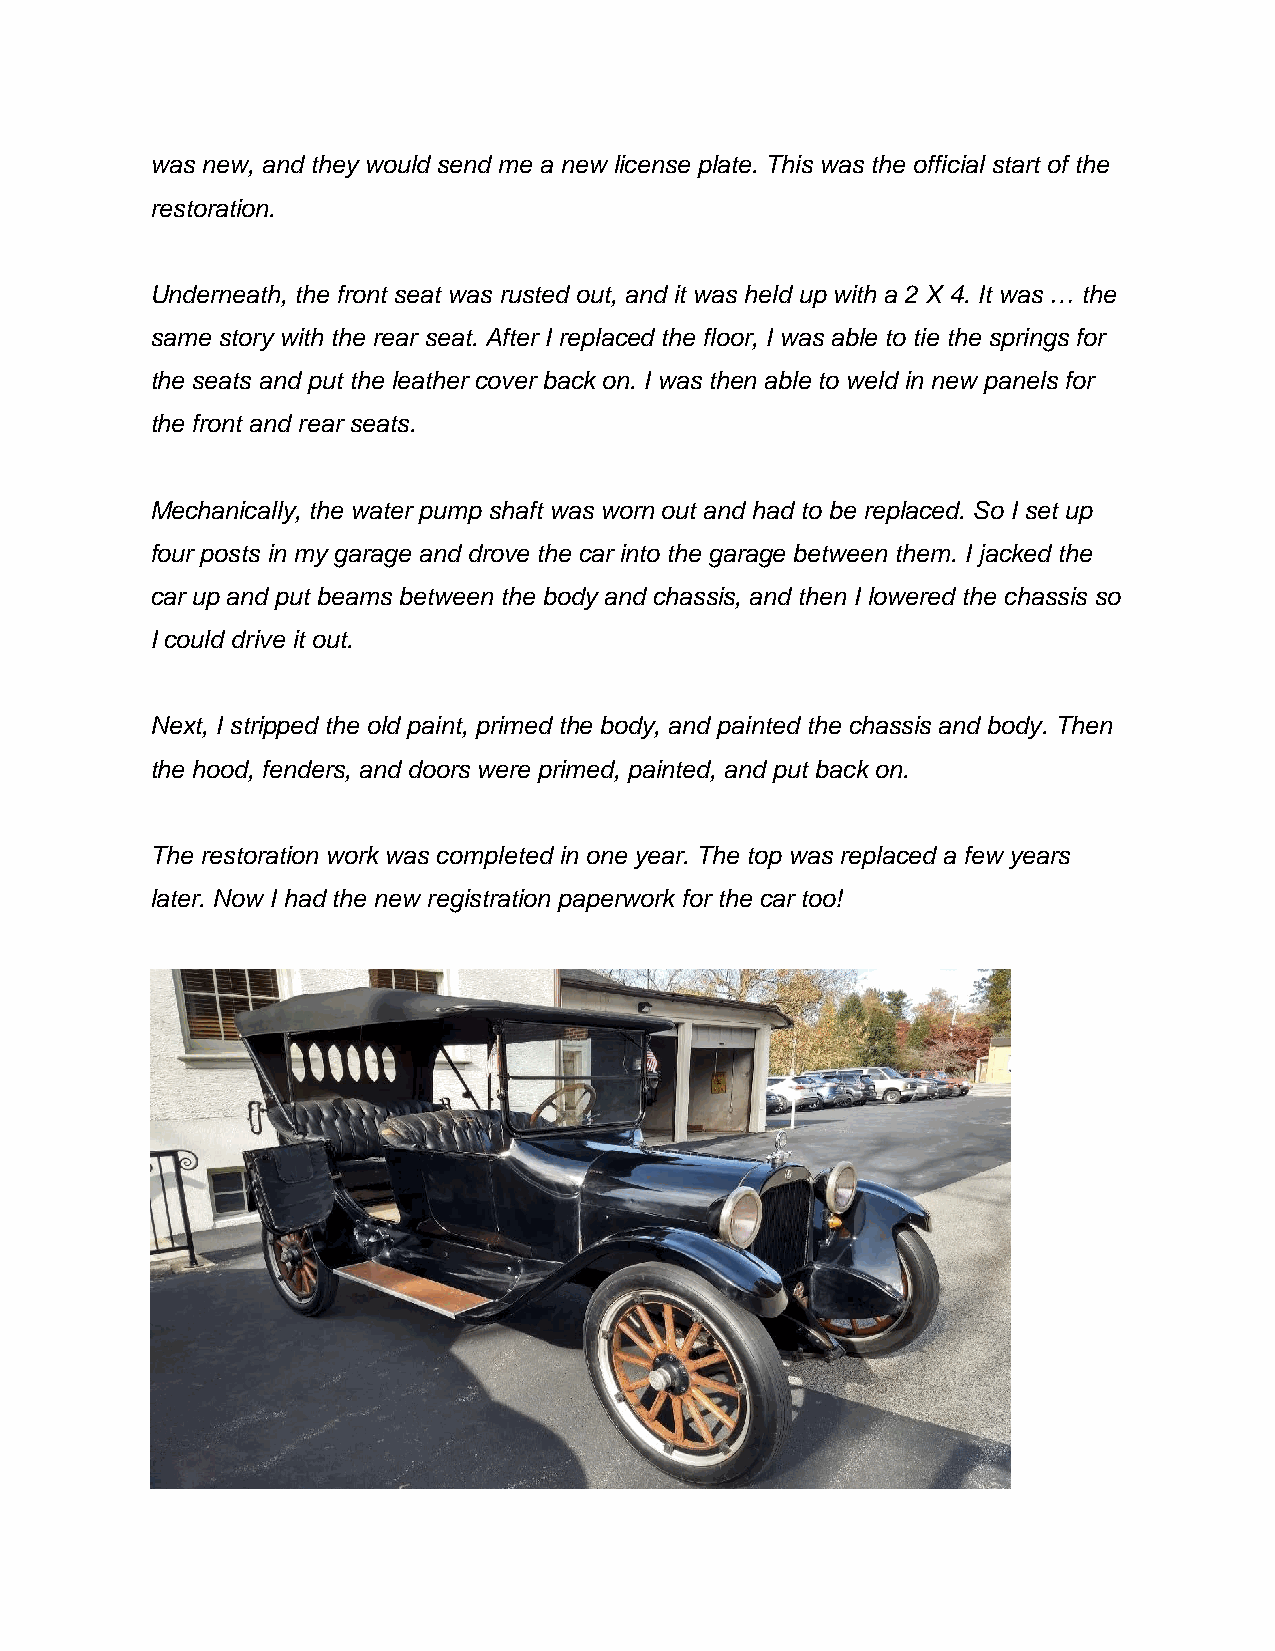
was new, and they would send me a new license plate. This was the official start of the
 restoration.
 Underneath, the front seat was rusted out, and it was held up with a 2 X 4. It was … the
 same story with the rear seat. After I replaced the floor, I was able to tie the springs for
 the seats and put the leather cover back on. I was then able to weld in new panels for
 the front and rear seats.
 Mechanically, the water pump shaft was worn out and had to be replaced. So I set up
 four posts in my garage and drove the car into the garage between them. I jacked the
 car up and put beams between the body and chassis, and then I lowered the chassis so
 I could drive it out.
 Next, I stripped the old paint, primed the body, and painted the chassis and body. Then
 the hood, fenders, and doors were primed, painted, and put back on.
 The restoration work was completed in one year. The top was replaced a few years
 later. Now I had the new registration paperwork for the car too!